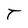
Character: T